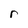
Character: r